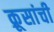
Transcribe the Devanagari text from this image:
क्रूसांची